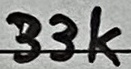
Text: 33K